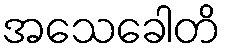
အသေခေါတိ